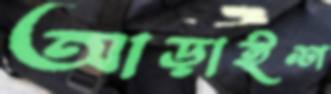
আড়াইশ